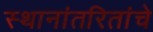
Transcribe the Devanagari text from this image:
स्थानांतरितांचे